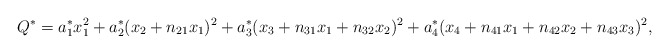
\begin{align*}Q^{*} = a_{1}^{*} x_{1}^{2} + a_{2}^{*} (x_{2} + n_{21} x_{1})^{2}+ a_{3}^{*} (x_{3} + n_{31} x_{1} + n_{32} x_{2})^{2} + a_{4}^{*} (x_{4} + n_{41} x_{1} + n_{42} x_{2} + n_{43} x_{3})^{2},\end{align*}